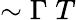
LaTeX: \sim\Gamma\; T